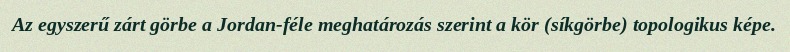
Az egyszerű zárt görbe a Jordan-féle meghatározás szerint a kör (síkgörbe) topologikus képe.